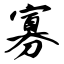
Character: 寡